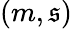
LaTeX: (m,\mathfrak{s})